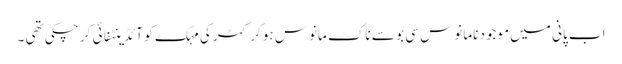
اب پانی میں موجود نامانوس سی بو سے ناک مانوس ہوکر گٹر کی مہک کو آئڈینٹفائی کر چکی تھی ۔